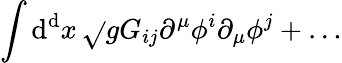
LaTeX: \int\mathrm{d}^{\mathrm{d}}x\, \sqrt{}{{g}}G_{ij}\partial^{\mu}\phi^{i}\partial_{\mu}\phi^{j}+\ldots